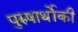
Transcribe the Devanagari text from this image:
पुरुषार्थोकी